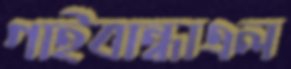
গাইবান্ধাএল